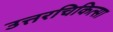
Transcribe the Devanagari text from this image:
उत्तरचिकित्सा